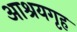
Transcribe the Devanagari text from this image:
आश्रयगृह